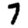
Digit: 7